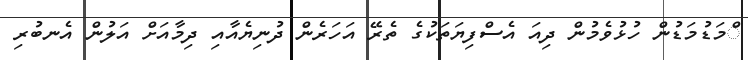
ްމަޑުމަޑުން ހުޅުވެމުން ދިއަ އެސްފިޔަތަކުގެ ތެރޭ އަހަރެން ދުނިޔެއާއި ދިމާއަށް އަލުން އެނބުރި